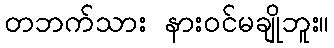
တဘက်သား နားဝင်မချိုဘူး။